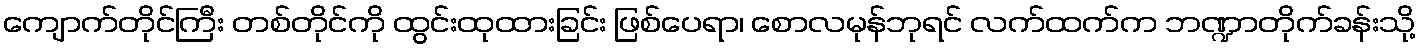
ကျောက်တိုင်ကြီး တစ်တိုင်ကို ထွင်းထုထားခြင်း ဖြစ်ပေရာ၊ စောလမုန်ဘုရင် လက်ထက်က ဘဏ္ဍာတိုက်ခန်းသို့